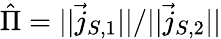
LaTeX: \hat{\Pi}={||\vec{j}_{S,1}||}/{||\vec{j}_{S,2}||}